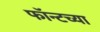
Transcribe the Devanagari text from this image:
फॉन्टच्या